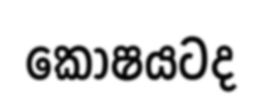
කෝෂයටද